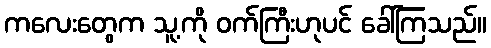
ကလေးတွေက သူ့ကို ဝက်ကြီးဟုပင် ခေါ်ကြသည်။